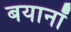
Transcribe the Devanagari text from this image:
बयानॉ